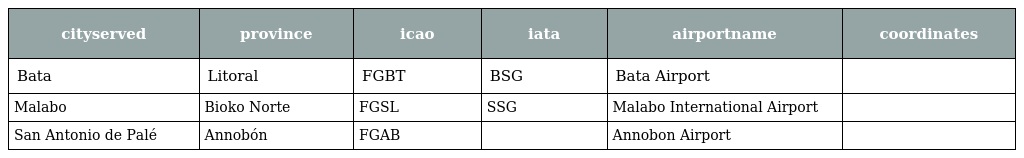
| cityserved | province | icao | iata | airportname | coordinates |
 | --- | --- | --- | --- | --- | --- |
 | Bata | Litoral | FGBT | BSG | Bata Airport |  |
 | Malabo | Bioko Norte | FGSL | SSG | Malabo International Airport |  |
 | San Antonio de Palé | Annobón | FGAB |  | Annobon Airport |  |